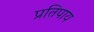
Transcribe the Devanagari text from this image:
प्रतिपाय